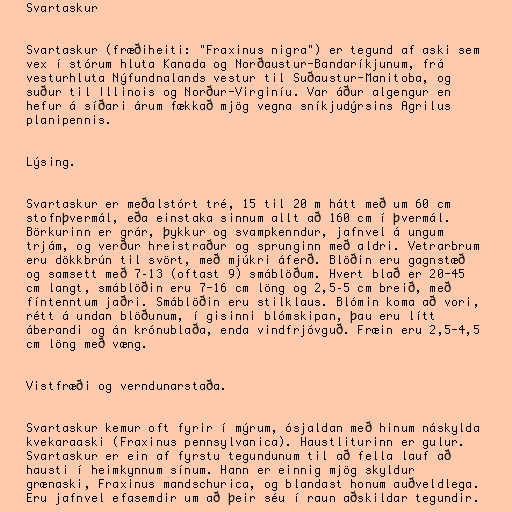
Svartaskur

Svartaskur (fræðiheiti: "Fraxinus nigra") er tegund af aski sem
vex í stórum hluta Kanada og Norðaustur-Bandaríkjunum, frá
vesturhluta Nýfundnalands vestur til Suðaustur-Manitoba, og
suður til Illinois og Norður-Virginíu. Var áður algengur en
hefur á síðari árum fækkað mjög vegna sníkjudýrsins Agrilus
planipennis.

Lýsing.

Svartaskur er meðalstórt tré, 15 til 20 m hátt með um 60 cm
stofnþvermál, eða einstaka sinnum allt að 160 cm í þvermál.
Börkurinn er grár, þykkur og svampkenndur, jafnvel á ungum
trjám, og verður hreistraður og sprunginn með aldri. Vetrarbrum
eru dökkbrún til svört, með mjúkri áferð. Blöðin eru gagnstæð
og samsett með 7–13 (oftast 9) smáblöðum. Hvert blað er 20-45
cm langt, smáblöðin eru 7-16 cm löng og 2,5–5 cm breið, með
fíntenntum jaðri. Smáblöðin eru stilklaus. Blómin koma að vori,
rétt á undan blöðunum, í gisinni blómskipan, þau eru lítt
áberandi og án krónublaða, enda vindfrjóvguð. Fræin eru 2,5-4,5
cm löng með væng.

Vistfræði og verndunarstaða.

Svartaskur kemur oft fyrir í mýrum, ósjaldan með hinum náskylda
kvekaraaski (Fraxinus pennsylvanica). Haustliturinn er gulur.
Svartaskur er ein af fyrstu tegundunum til að fella lauf að
hausti í heimkynnum sínum. Hann er einnig mjög skyldur
grænaski, Fraxinus mandschurica, og blandast honum auðveldlega.
Eru jafnvel efasemdir um að þeir séu í raun aðskildar tegundir.